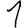
Digit: 1